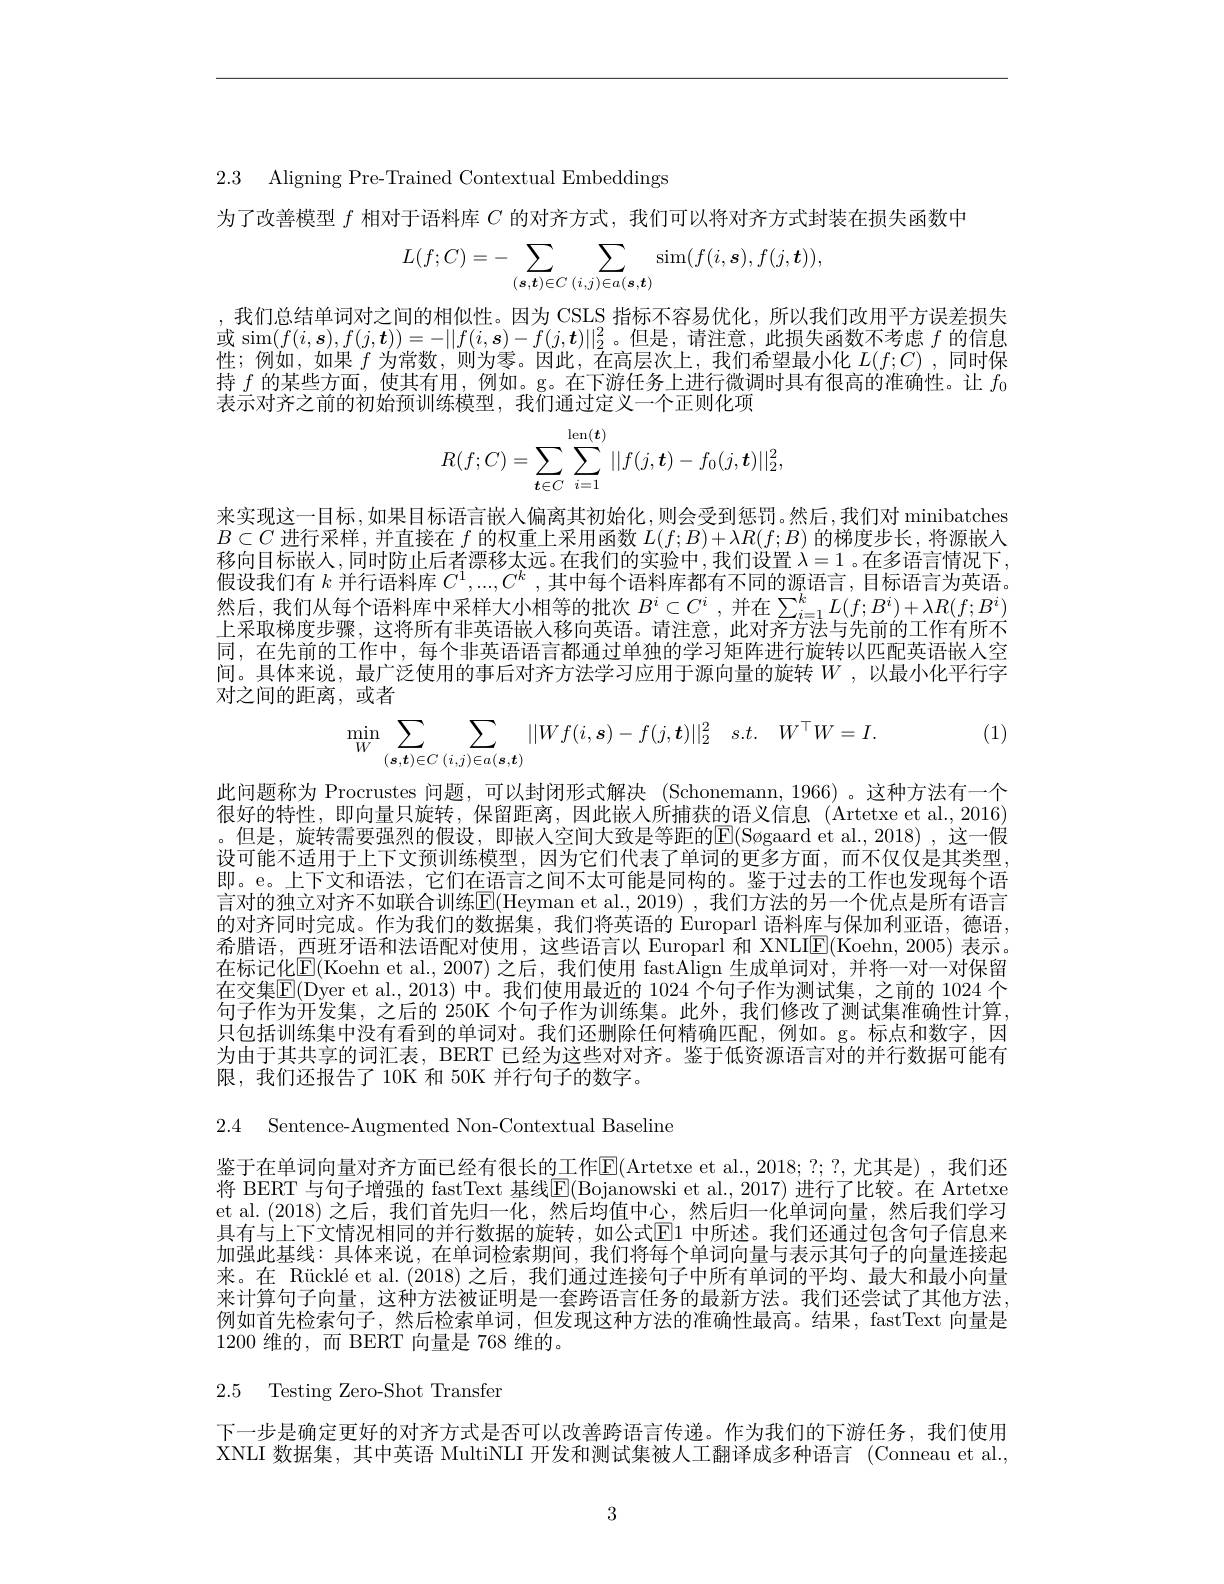
2.3 Aligning Pre-Trained Contextual Embeddings

为了改善模型$f$相对于语料库$C$的对齐方式，我们可以将对齐方式封装在损失函数中
$$L(f;C)=-\sum_{(\boldsymbol{s},\boldsymbol{t})\in C}\sum_{(i,j)\in a(\boldsymbol{s},\boldsymbol{t})}\sin(f(i,\boldsymbol{s}),f(j,\boldsymbol{t})),$$
,我们总结单词对之间的相似性。因为 CSLS 指标不容易优化，所以我们改用平方误差损失或$\sin(f(i,\boldsymbol{s}),f(j,\boldsymbol{t}))=-||f(i,\boldsymbol{s})-f(j,\boldsymbol{t})||_2^2$。但是，请注意，此损失函数不考虑$f$的信息性；例如，如果$f$为常数，则为零。因此，在高层次上，我们希望最小化$L(f;C)$ ,同时保持$f$的某些方面，使其有用，例如。g。在下游任务上进行微调时具有很高的准确性。让$f_0$ 表示对齐之前的初始预训练模型，我们通过定义一个正则化项
$$R(f;C)=\sum\limits_{\boldsymbol{t}\in C}\sum\limits_{i=1}^{\mathrm{len}(\boldsymbol{t})}||f(j,\boldsymbol{t})-f_0(j,\boldsymbol{t})||_2^2,$$
来实现这一目标，如果目标语言嵌人偏离其初始化，则会受到惩罚。然后，我们对 minibatches $B\subset C$进行采样，并直接在$f$的权重上采用函数$L(f;B)+\lambda R(f;B)$的梯度步长，将源嵌人移向目标嵌人，同时防止后者漂移太远。在我们的实验中，我们设置$\lambda=1$ 。在多语言情况下， 假设我们有$k$并行语料库$C^1,....,C^k$ ,其中每个语料库都有不同的源语言，目标语言为英语。然后，我们从每个语料库中采样大小相等的批次$B^i\subset C^i$ ,并在$\sum_{i=1}^kL(f;B^i)+\lambda R(f;B^i)$ 上采取梯度步骤，这将所有非英语嵌入移向英语。请注意，此对齐方法与先前的工作有所不同，在先前的工作中，每个非英语语言都通过单独的学习矩阵进行旋转以匹配英语嵌人空间。具体来说，最广泛使用的事后对齐方法学习应用于源向量的旋转$W$ ,以最小化平行字对之间的距离，或者

(1)
$$\min\limits_{W}\sum\limits_{(\boldsymbol{s},\boldsymbol{t})\in C}\sum\limits_{(i,j)\in a(\boldsymbol{s},\boldsymbol{t})}||Wf(i,\boldsymbol{s})-f(j,\boldsymbol{t})||_{2}^{2}\quad s.t.\quad W^{\top}W=I.$$
此问题称为 Procrustes 问题，可以封闭形式解决 (Schonemann, 1966) 。这种方法有一个很好的特性，即向量只旋转，保留距离，因此嵌入所捕获的语义信息 (Artetxe et al.,2016) 。但是，旋转需要强烈的假设，即嵌人空间大致是等距的$\boxed{\mathrm{E}}($Søgaard et al.,2018),这一假设可能不适用于上下文预训练模型，因为它们代表了单词的更多方面，而不仅仅是其类型， 即。e。上下文和语法，它们在语言之间不太可能是同构的。鉴于过去的工作也发现每个语言对的独立对齐不如联合训练$\boxed{\mathrm{E}}($Heyman et al.,2019) ,我们方法的另一个优点是所有语言的对齐同时完成。作为我们的数据集，我们将英语的 Europarl 语料库与保加利亚语，德语， 希腊语，西班牙语和法语配对使用，这些语言以 Europarl 和 XNLIE(Koehn,2005)表示。在标记化E(Koehn et al., 2007)之后，我们使用 fastAlign 生成单词对，并将一对一对保留在交集$\mathbb{E}($Dyer et al., 2013) 中。我们使用最近的 1024 个句子作为测试集，之前的 1024 个句子作为开发集，之后的 250K 个句子作为训练集。此外，我们修改了测试集准确性计算， 只包括训练集中没有看到的单词对。我们还删除任何精确匹配，例如。g。标点和数字，因为由于其共享的词汇表，BERT 已经为这些对对齐。鉴于低资源语言对的并行数据可能有限，我们还报告了10K 和 50K 并行句子的数字。

2.4 Sentence-Augmented Non-Contextual Baseline

鉴于在单词向量对齐方面已经有很长的工作$\overline{\mathrm{E}}($Artetxe et al., 2018; ?; ?, 尤其是) , 我们还将 BERT 与句子增强的 fastText 基线$\overline{\mathrm{E}}($Bojanowski et al., 2017) 进行了比较。在 Artetxe et al. (2018) 之后，我们首先归一化，然后均值中心，然后归一化单词向量，然后我们学习具有与上下文情况相同的并行数据的旋转，如公式$\overline{\mathrm{E}}$1 中所述。我们还通过包含句子信息来加强此基线：具体来说，在单词检索期间，我们将每个单词向量与表示其句子的向量连接起来。在 Rücklé et al. (2018) 之后，我们通过连接句子中所有单词的平均、最大和最小向量来计算句子向量，这种方法被证明是一套跨语言任务的最新方法。我们还尝试了其他方法， 例如首先检索句子，然后检索单词，但发现这种方法的准确性最高。结果，fastText 向量是1200维的，而 BERT 向量是 768 维的。

# 2.5 Testing Zero-Shot Transfer

下一步是确定更好的对齐方式是否可以改善跨语言传递。作为我们的下游任务，我们使用XNLI 数据集，其中英语 MultiNLI 开发和测试集被人工翻译成多种语言 (Conneau et al.,

3